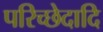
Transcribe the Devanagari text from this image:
परिच्छेदादि